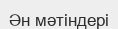
Ән мәтіндері